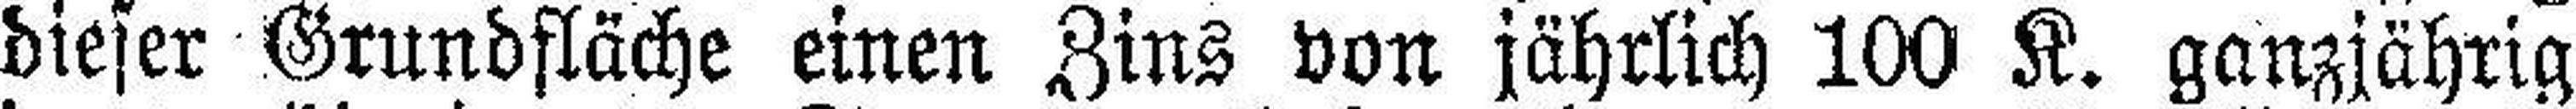
dieser Grundfläche einen Zins von jährlich 100 K. ganzjährig